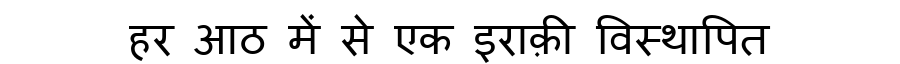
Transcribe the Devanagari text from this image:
हर आठ में से एक इराक़ी विस्थापित